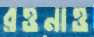
রওনাও